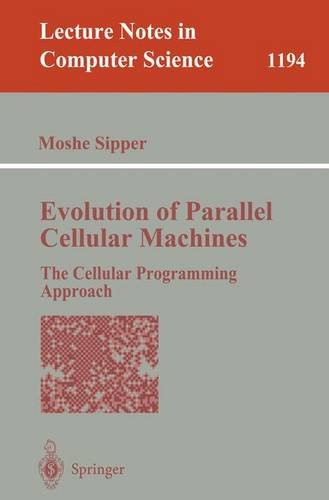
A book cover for Evolution of Parallel Cellular Machines: The Cellular Programming Approach (Lecture Notes in Computer Science); Moshe Sipper; Computers & Technology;